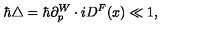
\hbar \triangle = \hbar \partial _ { p } ^ { W } \cdot i D ^ { F } ( x ) \ll 1 ,